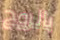
بالروح